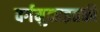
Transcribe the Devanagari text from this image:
वर्गमुळाइतकी